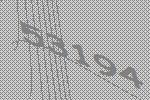
53194